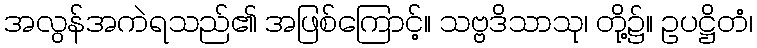
အလွန်အကဲရသည်၏ အဖြစ်ကြောင့်။ သဗ္ဗဒိသာသု၊ တို့၌။ ဥပဋ္ဌိတံ၊